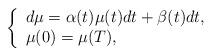
LaTeX: \begin{align*}\left\{\begin{array}{lcl}d\mu=\alpha(t)\mu(t)dt+\beta(t)dt,\\\mu(0)=\mu(T),\end{array}\right.\end{align*}